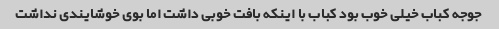
جوجه کباب خیلی خوب بود کباب با اینکه بافت خوبی داشت اما بوی خوشایندی نداشت